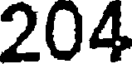
204